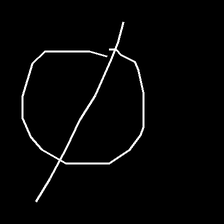
Glyph: orb